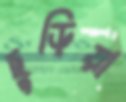
ছুড়িয়া